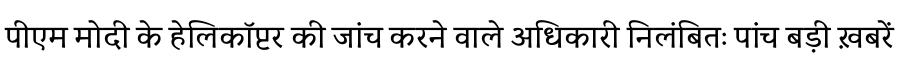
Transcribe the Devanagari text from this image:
पीएम मोदी के हेलिकॉप्टर की जांच करने वाले अधिकारी निलंबितः पांच बड़ी ख़बरें